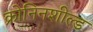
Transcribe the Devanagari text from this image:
क्रोनिनशील्ड